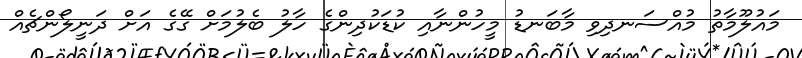
މައުލޫމާތު މުއްސަނދިވި މާބަނޑު މީހުންނާއި ކުޑަކުދިންގެ ހާލު ބެލުމަށް ގޭގެ އަށް ދަނީލޯންޗެއް